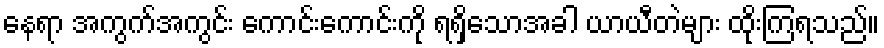
နေရာ အကွက်အကွင်း ကောင်းကောင်းကို ရရှိသောအခါ ယာယီတဲများ ထိုးကြရသည်။